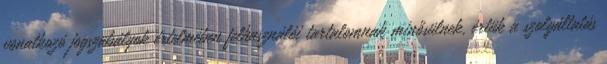
vonatkozó jogszabályok értelmében felhasználói tartalomnak minősülnek, értük a szolgáltatás